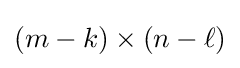
(m-k)\times (n-\ell )